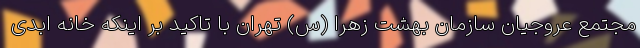
مجتمع عروجیان سازمان بهشت زهرا (س) تهران با تاکید بر اینکه خانه ابدی